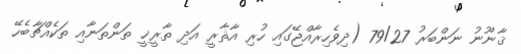
ޤާނޫނު ނަންބަރު 79/27 (ދިވެހިރާއްޖޭގައި ހުރި އާޘާރީ އަދި ތާރީޚީ ތަންތަނާއި ތަކެއްޗާބެހޭ